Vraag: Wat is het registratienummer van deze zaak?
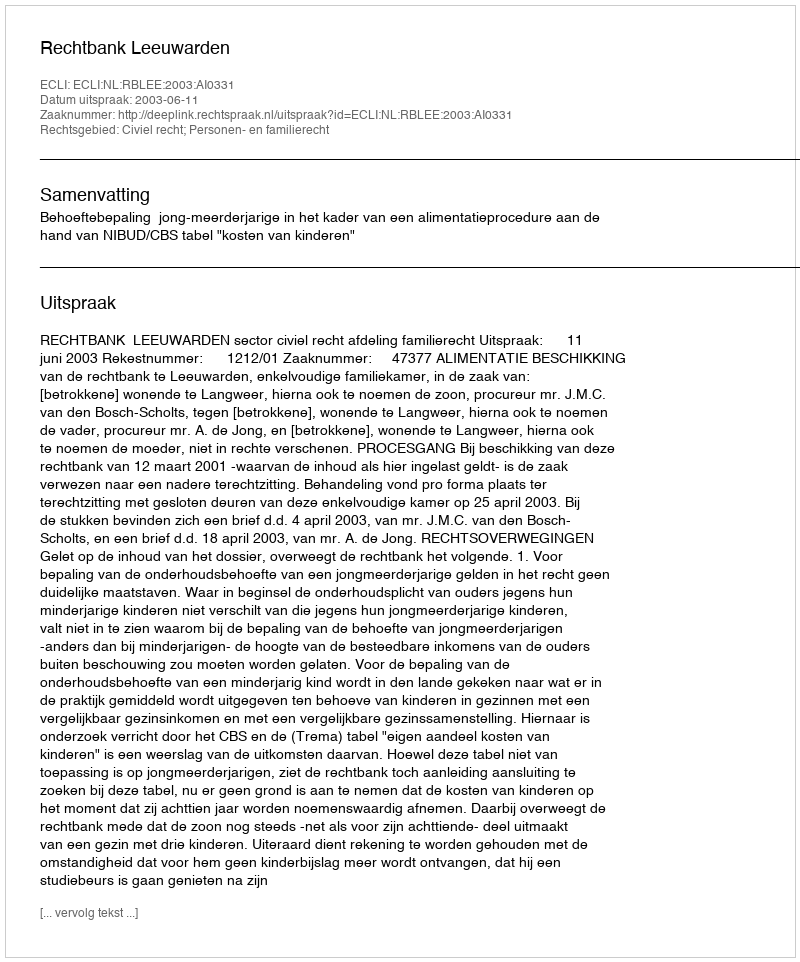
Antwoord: http://deeplink.rechtspraak.nl/uitspraak?id=ECLI:NL:RBLEE:2003:AI0331